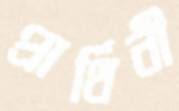
প্রার্থিনী